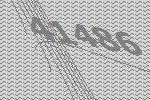
41486